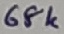
Text: 68K